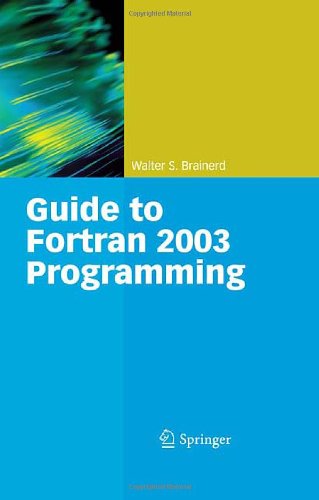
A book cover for Guide to Fortran 2003 Programming; Walter S. Brainerd; Computers & Technology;